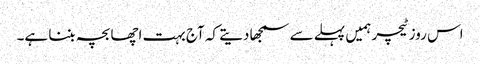
اس روز ٹیچر ہمیں پہلے سے سمجھا دیتے کہ آج بہت اچھا بچہ بننا ہے۔